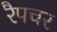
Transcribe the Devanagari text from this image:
रैपचर